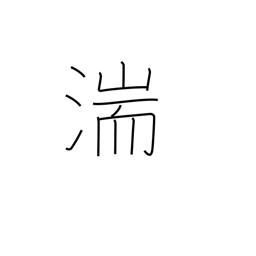
Meaning: rapids